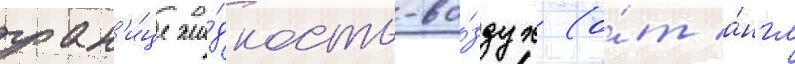
гран'и́це жи́дкость-во́здух (о́т а́нгл